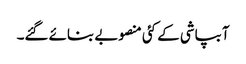
آبپاشی کے کئی منصوبے بنائے گئے۔